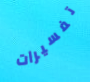
تفسيرات